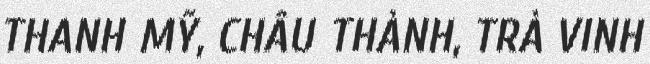
THANH MỸ, CHÂU THÀNH, TRÀ VINH